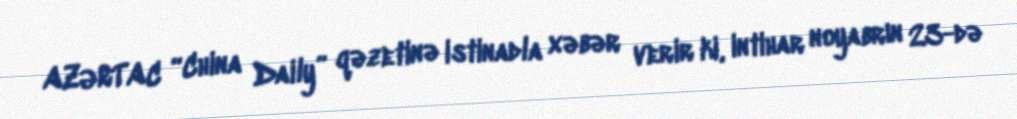
AZƏRTAC “China Daily” qəzetinə istinadla xəbər verir ki, intihar noyabrın 23-də